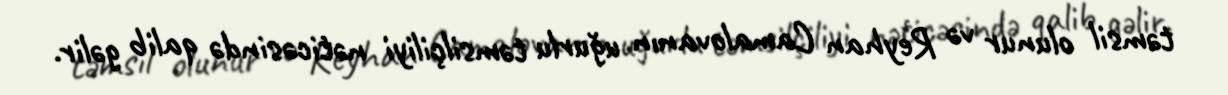
təmsil olunur və Reyhan Camalovanın uğurlu təmsilçiliyi nəticəsində qalib gəlir.